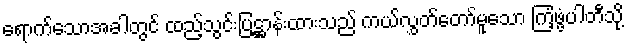
ရောက်သောအခါတွင် ထည့်သွင်းပြဋ္ဌာန်းထားသည် ကယ်လွှတ်တော်မူသော ကြံ့ဖွံ့ပါတီသို့